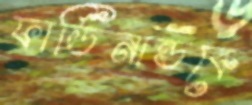
ফার্ডিনান্ডকে